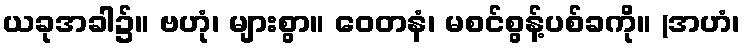
ယခုအခါ၌။ ဗဟုံ၊ များစွာ။ ဝေတနံ၊ မစင်စွန့်ပစ်ခကို။ (အဟံ၊